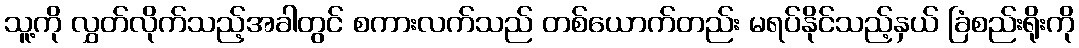
သူ့ကို လွှတ်လိုက်သည့်အခါတွင် စကားလက်သည် တစ်ယောက်တည်း မရပ်နိုင်သည့်နှယ် ခြံစည်းရိုးကို